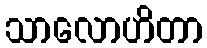
သာလောဟိတာ